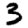
Digit: 3